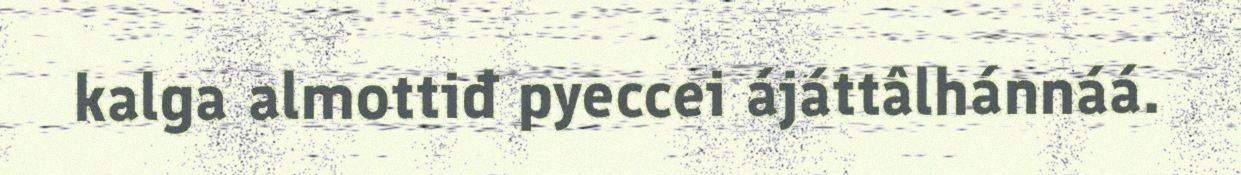
kalga almottiđ pyeccei ájáttâlhánnáá.